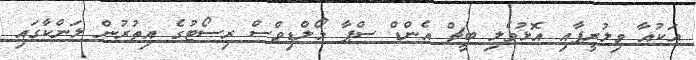
އަކުއާ ވިލުރީފާއި އޮޅުވެލި ބީޗް އެންޑް ސްޕާ މޯލްޑިވްސް ރިސޯޓުގެ އިތުރުން ލަންކާގައި